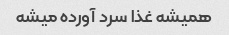
همیشه غذا سرد آورده میشه